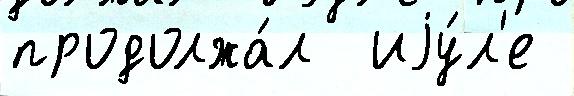
продолжа́л  иjу́л'е